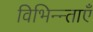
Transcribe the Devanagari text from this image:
विभिन्न्ताएँ